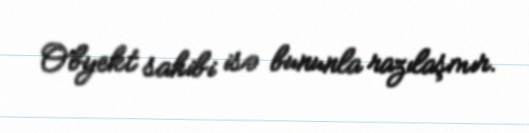
Obyekt sahibi isə bununla razılaşmır.